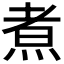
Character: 煮